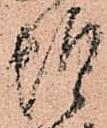
惶